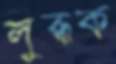
লুব্ধক